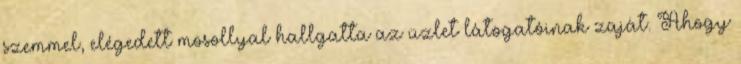
szemmel, elégedett mosollyal hallgatta az üzlet látogatóinak zaját. Ahogy